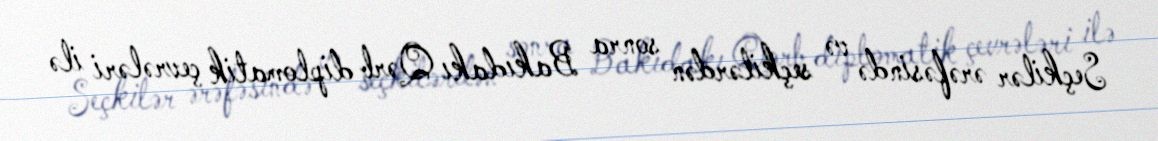
Seçkilər ərəfəsində və seçkilərdən sonra Bakıdakı Qərb diplomatik çevrələri ilə